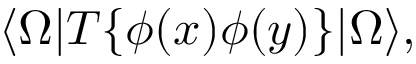
\langle \Omega | T \{ \phi ( x ) \phi ( y ) \} | \Omega \rangle ,